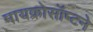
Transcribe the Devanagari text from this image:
मायक्रोसॉप्टने